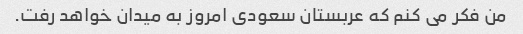
من فکر می کنم که عربستان سعودی امروز به میدان خواهد رفت.